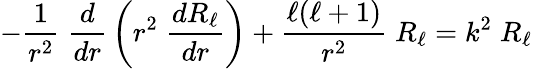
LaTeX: -{\frac{1}{r^{2}}}\; {\frac{d}{dr}}\left(r^{2}\; {\frac{dR_{\ell}}{dr}}\right)+{\frac{\ell(\ell+1)}{r^{2}}}\; R_{\ell}=k^{2}\; R_{\ell}